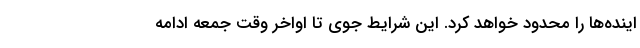
اینده‌ها را محدود خواهد کرد. این شرایط جوی تا اواخر وقت جمعه ادامه